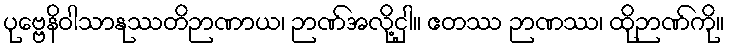
ပုဗ္ဗေနိဝါသာနုဿတိဉာဏာယ၊ ဉာဏ်အလို့ငှါ။ ဧတဿ ဉာဏဿ၊ ထိုဉာဏ်ကို။